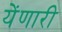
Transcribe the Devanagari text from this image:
येंणारी